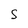
Character: S